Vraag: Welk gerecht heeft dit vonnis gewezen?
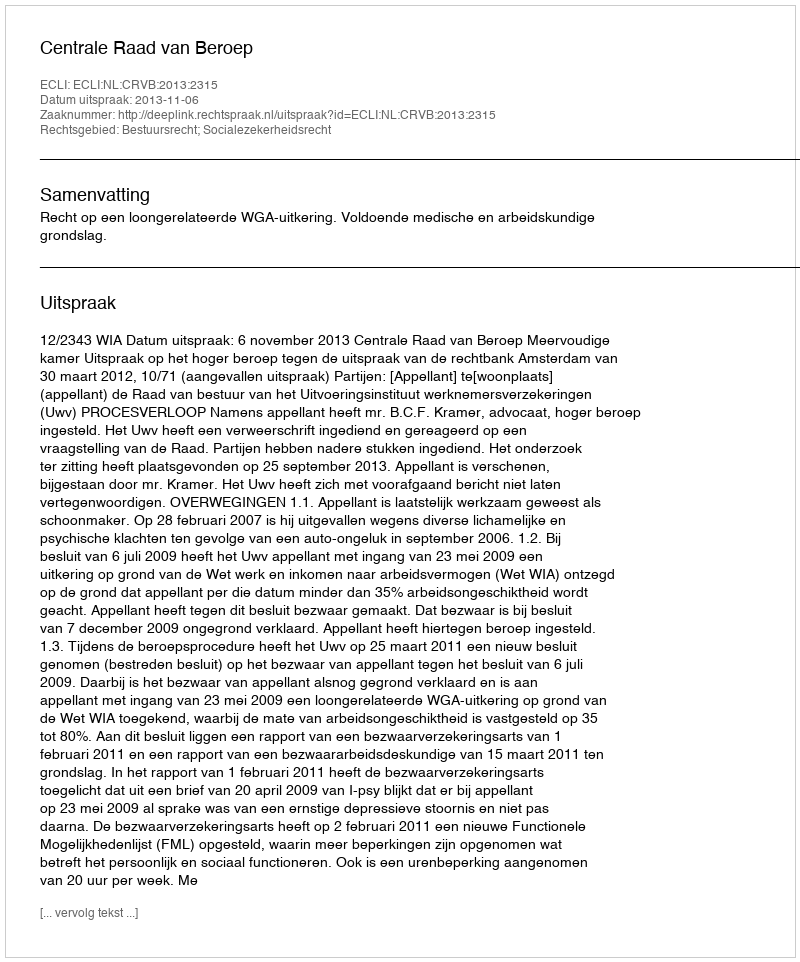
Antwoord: Centrale Raad van Beroep